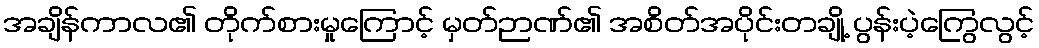
အချိန်ကာလ၏ တိုက်စားမှုကြောင့် မှတ်ဉာဏ်၏ အစိတ်အပိုင်းတချို့ ပွန်းပဲ့ကြွေလွင့်